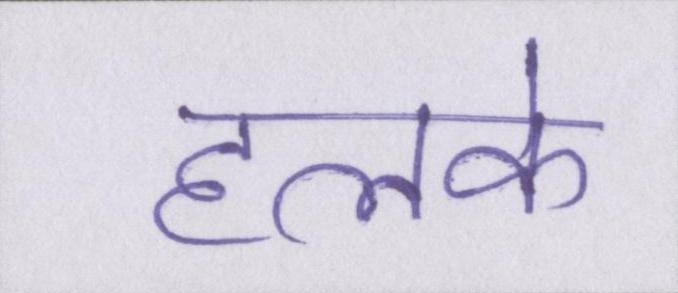
हलके